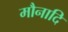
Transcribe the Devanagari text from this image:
मौनादि